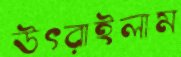
উৎরাইলাম